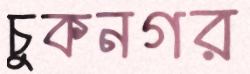
চুকনগর